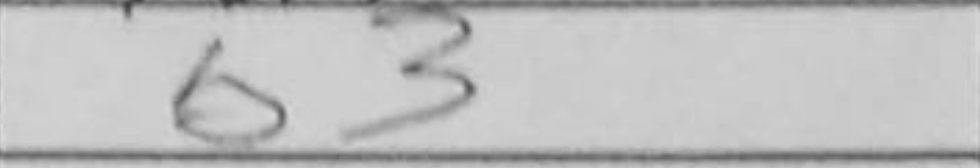
Transcription: b3